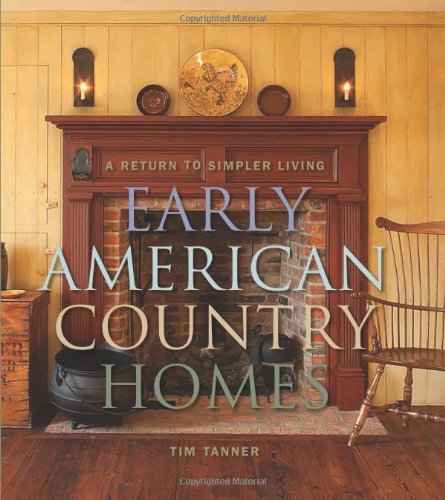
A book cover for Early American Country Homes: A Return to Simpler Living; Tim Tanner; Arts & Photography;